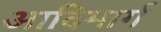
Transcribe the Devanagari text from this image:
आदिमार्ग